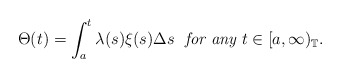
\begin{align*}\Theta(t)= \int_a^t \lambda(s)\xi(s) \Delta s \ \ \textit{for any} \ t \in [a,\infty)_\mathbb{T}.\end{align*}